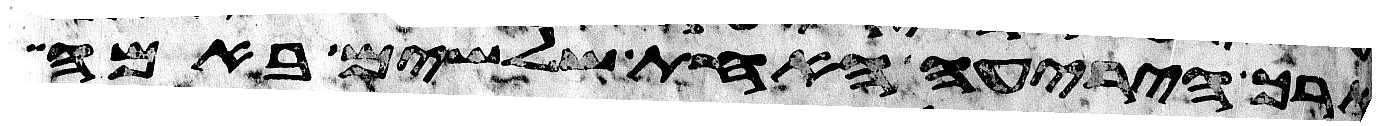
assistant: ארך היריעה האחת שלשים באמה